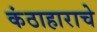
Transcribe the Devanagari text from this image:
कंठाहाराचे